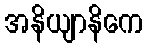
အနိယျာနိကေ